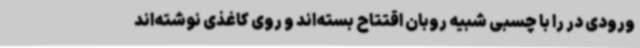
ورودی در را با چسبی شبیه روبان اقتتاح بسته‌اند و روی کاغذی نوشته‌اند